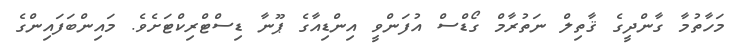
މަހާތުމާ ގާންދީގެ ޤާތިލް ނަތުރާމް ގޯޑްސް އުފަންވީ އިންޑިއާގެ ޕޫނާ ޑިސްޓްރިކްޓަށެވެ. މައިންބަފައިންގެ